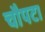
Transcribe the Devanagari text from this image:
चौपटा